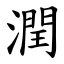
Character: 潤